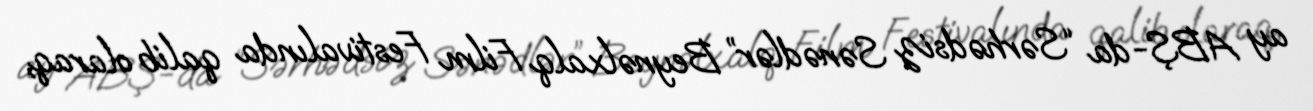
ay ABŞ-da “Sərhədsiz Sənədlər” Beynəlxalq Film Festivalında qalib olaraq,